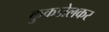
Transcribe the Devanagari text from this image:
कुकडोलकर